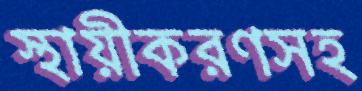
স্থায়ীকরণসহ